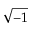
\sqrt { - 1 }